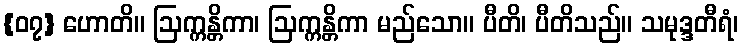
{၀၇} ဟောတိ။ ဩက္ကန္တိကာ၊ ဩက္ကန္တိကာ မည်သော။ ပီတိ၊ ပီတိသည်။ သမုဒ္ဒတီရံ၊